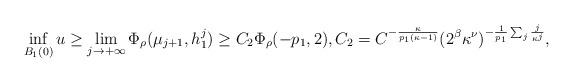
LaTeX: \begin{align*} \inf_{B_1(0)} u \geq \lim_{j \to +\infty} \Phi_\rho(\mu_{j+1}, h^j_1)\geq C_2 \Phi_\rho(-p_1,2), C_2=C^{-\frac{\kappa}{p_1(\kappa-1)}} (2^{\beta} \kappa^{\nu})^{-\frac{1}{p_1}\sum_j \frac{j}{\kappa^j }},\end{align*}